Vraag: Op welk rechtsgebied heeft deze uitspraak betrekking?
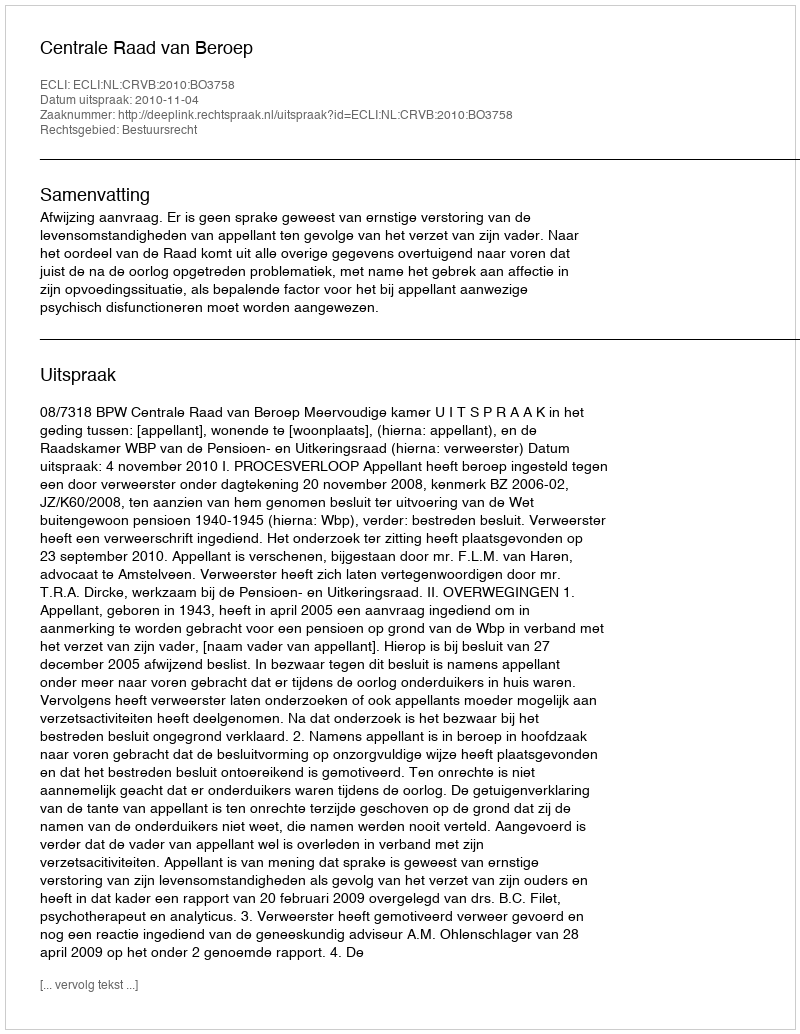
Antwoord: Bestuursrecht